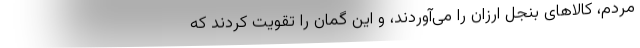
مردم، کالاهای بنجل ارزان را می‌آوردند، و این گمان را تقویت کردند که